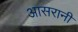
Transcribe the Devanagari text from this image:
आसरानी